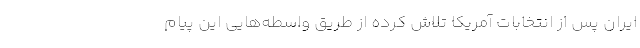
ایران پس از انتخابات آمریکا تلاش کرده از طریق واسطه‌هایی این پیام